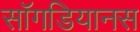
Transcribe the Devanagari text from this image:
सॉगडियानस